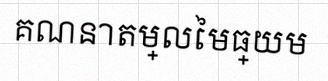
គណនាតម្លៃមធ្យម